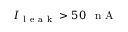
I _ { \mathrm { ~ l ~ e ~ a ~ k ~ } } > 5 0 \mathrm { ~ \, ~ n ~ A ~ }